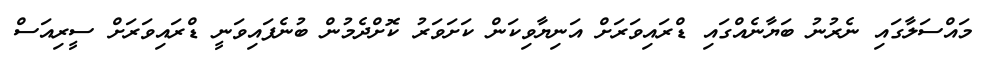
މައްސަލާގައި ނެރުނު ބަޔާނެއްގައި ޑްރައިވަރަށް އަނިޔާވިކަން ކަށަވަރު ކޮށްދެމުން ބުނެފައިވަނީ ޑްރައިވަރަށް ސީރިއަސް